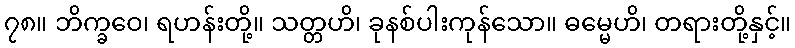
၇၈။ ဘိက္ခဝေ၊ ရဟန်းတို့။ သတ္တဟိ၊ ခုနစ်ပါးကုန်သော။ ဓမ္မေဟိ၊ တရားတို့နှင့်။